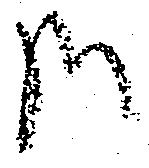
哉